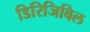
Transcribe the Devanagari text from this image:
डिरिजिबिल